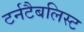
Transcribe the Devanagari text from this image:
टर्नटैबलिस्ट